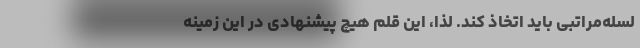
لسله‌مراتبی باید اتخاذ کند. لذا، این قلم هیچ پیشنهادی در این زمینه